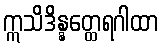
ဣသိဒိန္နတ္ထေရဂါထာ